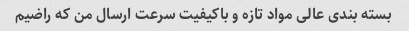
بسته بندی عالی مواد تازه و باکیفیت سرعت ارسال من که راضیم